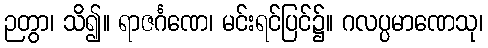
ဉတွာ၊ သိ၍။ ရာဇင်္ဂဏေ၊ မင်းရင်ပြင်၌။ ဂလပ္ပမာဏေသု၊